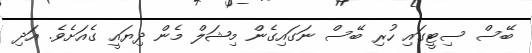
ބޭސް ސިޓީގައި ހުރި ބޭސް ނަގައިގެން މިޝަލް މެން ދިޔައީ ގެއަށެވެ. އަދި